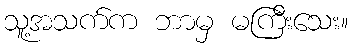
သူ့အသက်က ဘာမှ မကြီးသေး။